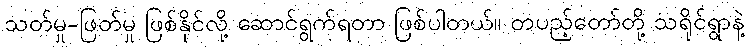
သတ်မှု-ဖြတ်မှု ဖြစ်နိုင်လို့ ဆောင်ရွက်ရတာ ဖြစ်ပါတယ်။ တပည့်တော်တို့ သရိုင်ရွာနဲ့